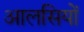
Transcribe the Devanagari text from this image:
आलसियों